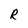
Character: R